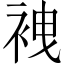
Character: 𧙟